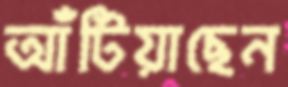
আঁটিয়াছেন